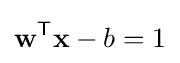
\mathbf {w} ^{\mathsf {T}}\mathbf {x} -b=1